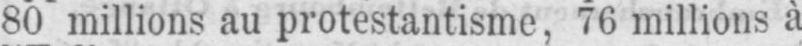
80 millions au protestantisme, 76 millions à